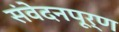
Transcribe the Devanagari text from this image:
संवेदनपूर्ण